Sanitation, dispensaries and jails vaccination Rajputana 1922-1927 - 1922-1927
Year: 1922
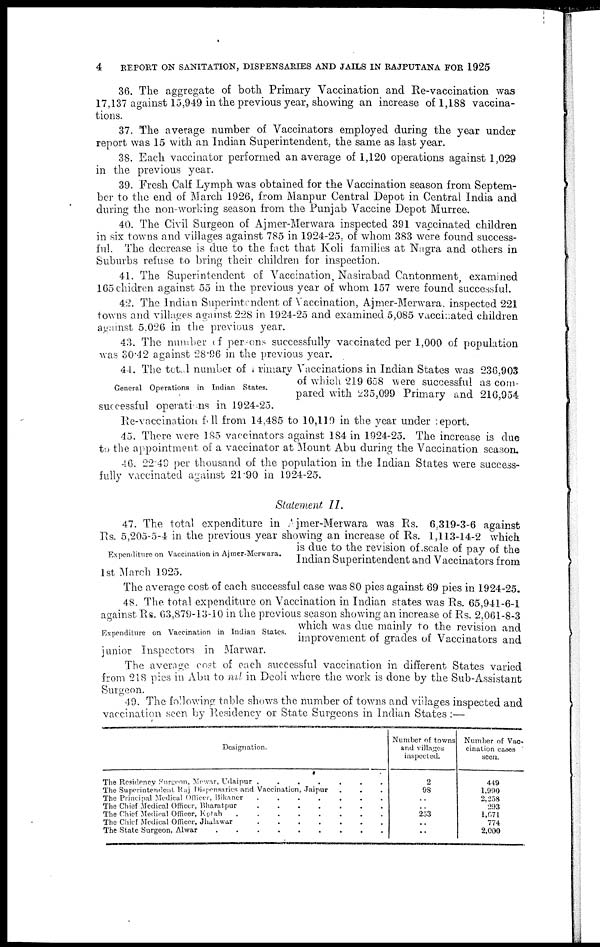
4
REPORT ON SANITATION, DISPENSARIES AND JAILS IN RAJPUTANA FOR 1925
36. The aggregate of both Primary Vaccination and Re-vaccination was
17,137 against 15,949 in the previous year, showing an increase of 1,188 vaccina-
tions.
37. The average number of Vaccinators employed during the year under
report was 15 with an Indian Superintendent, the same as last year.
38. Each vaccinator performed an average of 1,120 operations against 1,029
in the previous year.
39. Fresh Calf Lymph was obtained for the Vaccination season from Septem-
ber to the end of March 1926, from Manpur Central Depot in Central India and
during the non-working season from the Punjab Vaccine Depot Murree.
40. The Civil Surgeon of Ajmer-Merwara inspected 391 vaccinated children
in six towns and villages against 785 in 1924-25, of whom 383 were found success-
ful. The decrease is due to the fact that Koli families at Nagra and others in
Suburbs refuse to bring their children for inspection.
41. The Superintendent of Vaccination, Nasirabad Cantonment, examined
165 chidren against 55 in the previous year of whom 157 were found successful.
42. The Indian Superintendent of Vaccination, Ajmer-Merwara. inspected 221
towns and villages against 228 in 1924-25 and examined 5,085 vaccinated children
against 5,026 in the previous year.
43. The number of persons successfully vaccinated per 1,000 of population
was 30.42 against 28.96 in the previous year.
44. The total number of primary Vaccinations in Indian States was 236,903
of which 219 658 were successful as com-
pared with 235,099 Primary and 216,954
successful operations in 1924-25.
Re-vaccination full from 14,485 to 10,119 in the year under report.
45. There were 185 vaccinators against 184 in 1924-25. The increase is due
to the appointment of a vaccinator at Mount Abu during the Vaccination season.
46. 22.49 per thousand of the population in the Indian States were success-
fully vaccinated against 21.90 in 1924-25.
General Operations in Indian States.
Statement II.
Expenditure on Vaccination in Ajmer-Merwara.
47. The total expenditure in Ajmer-Merwara was Rs. 6,319-3-6 against
Rs. 5,205-5-4 in the previous year showing an increase of Rs. 1,113-14-2 which
is due to the revision of scale of pay of the
Indian Superintendent and Vaccinators from
1st March 1925.
Expenditure on Vaccination in Indian States.
The average cost of each successful case was 80 pies against 69 pies in 1924-25.
48. The total expenditure on Vaccination in Indian states was Rs. 65,941-6-1
against Rs. 63,879-13-10 in the previous season showing an increase of Rs. 2,061-8-3
which was due mainly to the revision and
improvement of grades of Vaccinators and
junior Inspectors in Marwar.
The average cost of each successful vaccination in different States varied
from 218 pies in Abu to nil in Deoli where the work is done by the Sub-Assistant
Surgeon.
49. The following table shows the number of towns and villages inspected and
vaccination seen by Residency or State Surgeons in Indian States :—
Designation.
The Residency Surgeon, Mewar, Udaipur
.......
The Superintendent Raj Dispensaries and Vaccination, Jaipur
The Principal Medical Officer, Bikaner
The Chief Medical Officer, Bharatpur
The Chief Medical Officer, Kotah
Number of towns
and villages
inspected.
2
98
..
..
253
..
..
Number of Vac-
cination cases
seen.
449
1,990
2,258
203
1,871
774
2,000